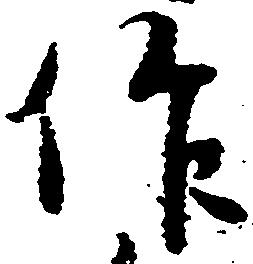
作